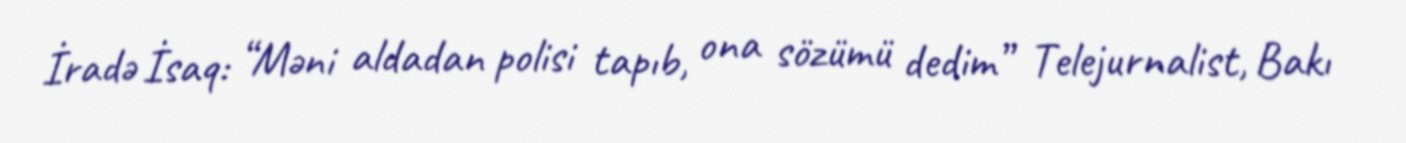
İradə İsaq: “Məni aldadan polisi tapıb, ona sözümü dedim” Telejurnalist, Bakı